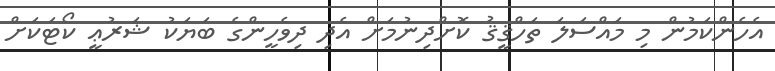
އެހެންކަމުން މި މައްސަލަ ތަހްޤީޤު ކޮށްދިނުމަށް އެދި ދިވެހީންގެ ބަޔަކު ޝަރުޢީ ކޯޓަކަށް